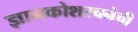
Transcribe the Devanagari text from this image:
ज्ञानकोशरचनेची